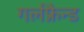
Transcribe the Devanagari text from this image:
गर्लफ्रैन्ड